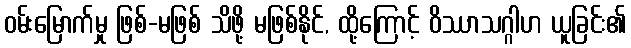
ဝမ်းမြောက်မှု ဖြစ်-မဖြစ် သိဖို့ မဖြစ်နိုင်, ထို့ကြောင့် ဝိဿာသဂ္ဂါဟ ယူခြင်း၏